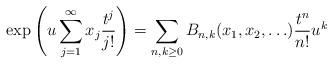
LaTeX: \begin{align*}\exp\left(u\sum_{j=1}^{\infty}x_j\frac{t^j}{j!}\right) = \sum_{n,k\geq 0}B_{n,k}(x_1, x_2, \ldots)\frac{t^n}{n!}u^k\end{align*}